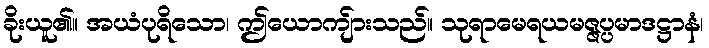
ခိုးယူ၏။ အယံပုရိသော၊ ဤယောကျ်ားသည်။ သုရာမေရယမဇ္ဇပ္ပမာဒဋ္ဌာနံ၊